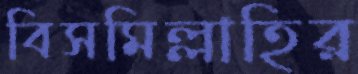
বিসমিল্লাহির